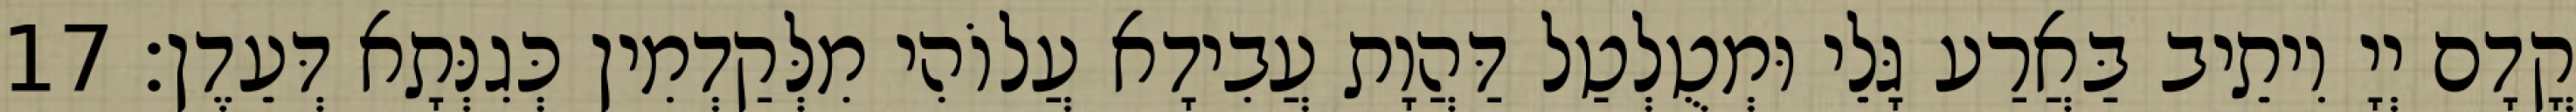
קֳדָם יְיָ וִיתֵיב בַּאֲרַע גָּלֵי וּמְטֻלְטַל דַּהֲוָת עֲבִידָא עֲלוֹהִי מִלְּקַדְמִין כְּגִנְּתָא דְּעֵדֶן׃ 17